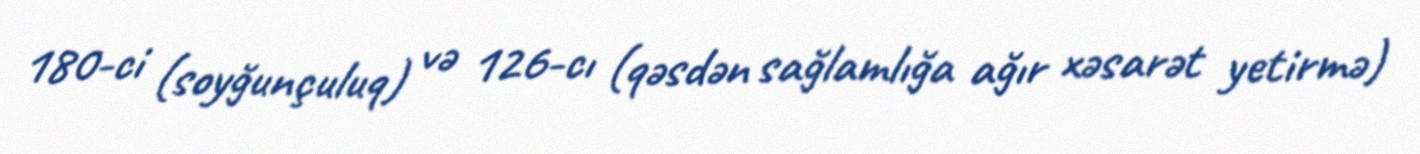
180-ci (soyğunçuluq) və 126-cı (qəsdən sağlamlığa ağır xəsarət yetirmə)